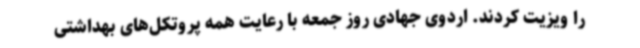
را ویزیت کردند. اردوی جهادی روز جمعه با رعایت همه پروتکل‌های بهداشتی